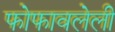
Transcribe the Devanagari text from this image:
फोफावलेली